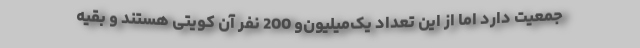
جمعیت دارد اما از این تعداد یک‌میلیون‌و 200 نفر آن کویتی هستند و بقیه